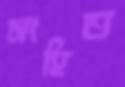
সংহিত